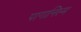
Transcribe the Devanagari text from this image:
पागानिस्म